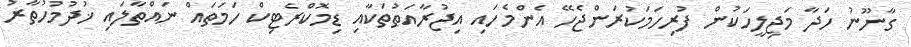
ގާނޫނު ހަދާ މަޖިލީހަކުން ފުރިހަމަކުރަންޖެހޭ އެންމެހައި އިޖުރާއަތުތަކާއި ޑިމޮކްރެޓިކް ހަމަތައް ނައްތާލައި ޚުދުމުހުތާރު